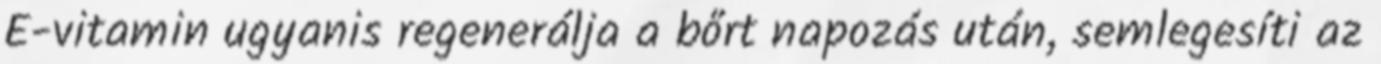
E-vitamin ugyanis regenerálja a bőrt napozás után, semlegesíti az